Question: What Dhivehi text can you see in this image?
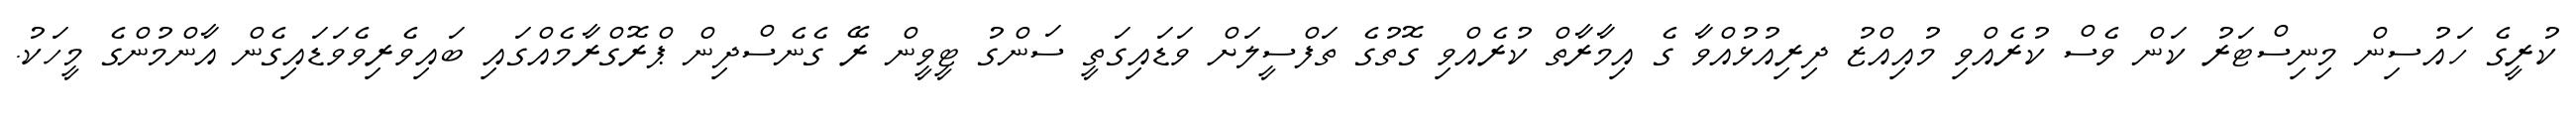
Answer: ކުރީގެ ހައުސިން މިނިސްޓަރު ކަން ވެސް ކުރެއްވި މުއިއްޒު ދިރިއުޅުއްވާ ގެ އިމާރާތް ކުރެއްވި ގޮތުގެ ތަފްސީލަށް ވަޑައިގަތީ ސަންގު ޓީވީން ރޭ ގެނެސްދިން ޕްރޮގްރާމެއްގައި ބައިވެރިވެވަޑައިގެން އާންމުންގެ މީހަކު.